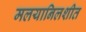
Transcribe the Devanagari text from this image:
मलयानिलशीत